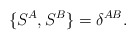
\begin{align*}{\{S^A, S^B\} = \delta^{AB}.}\end{align*}